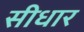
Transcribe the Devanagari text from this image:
सीधार